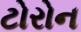
ટોરોન